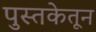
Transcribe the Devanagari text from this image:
पुस्तकेतून